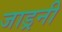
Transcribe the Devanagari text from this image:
जाड्रनी